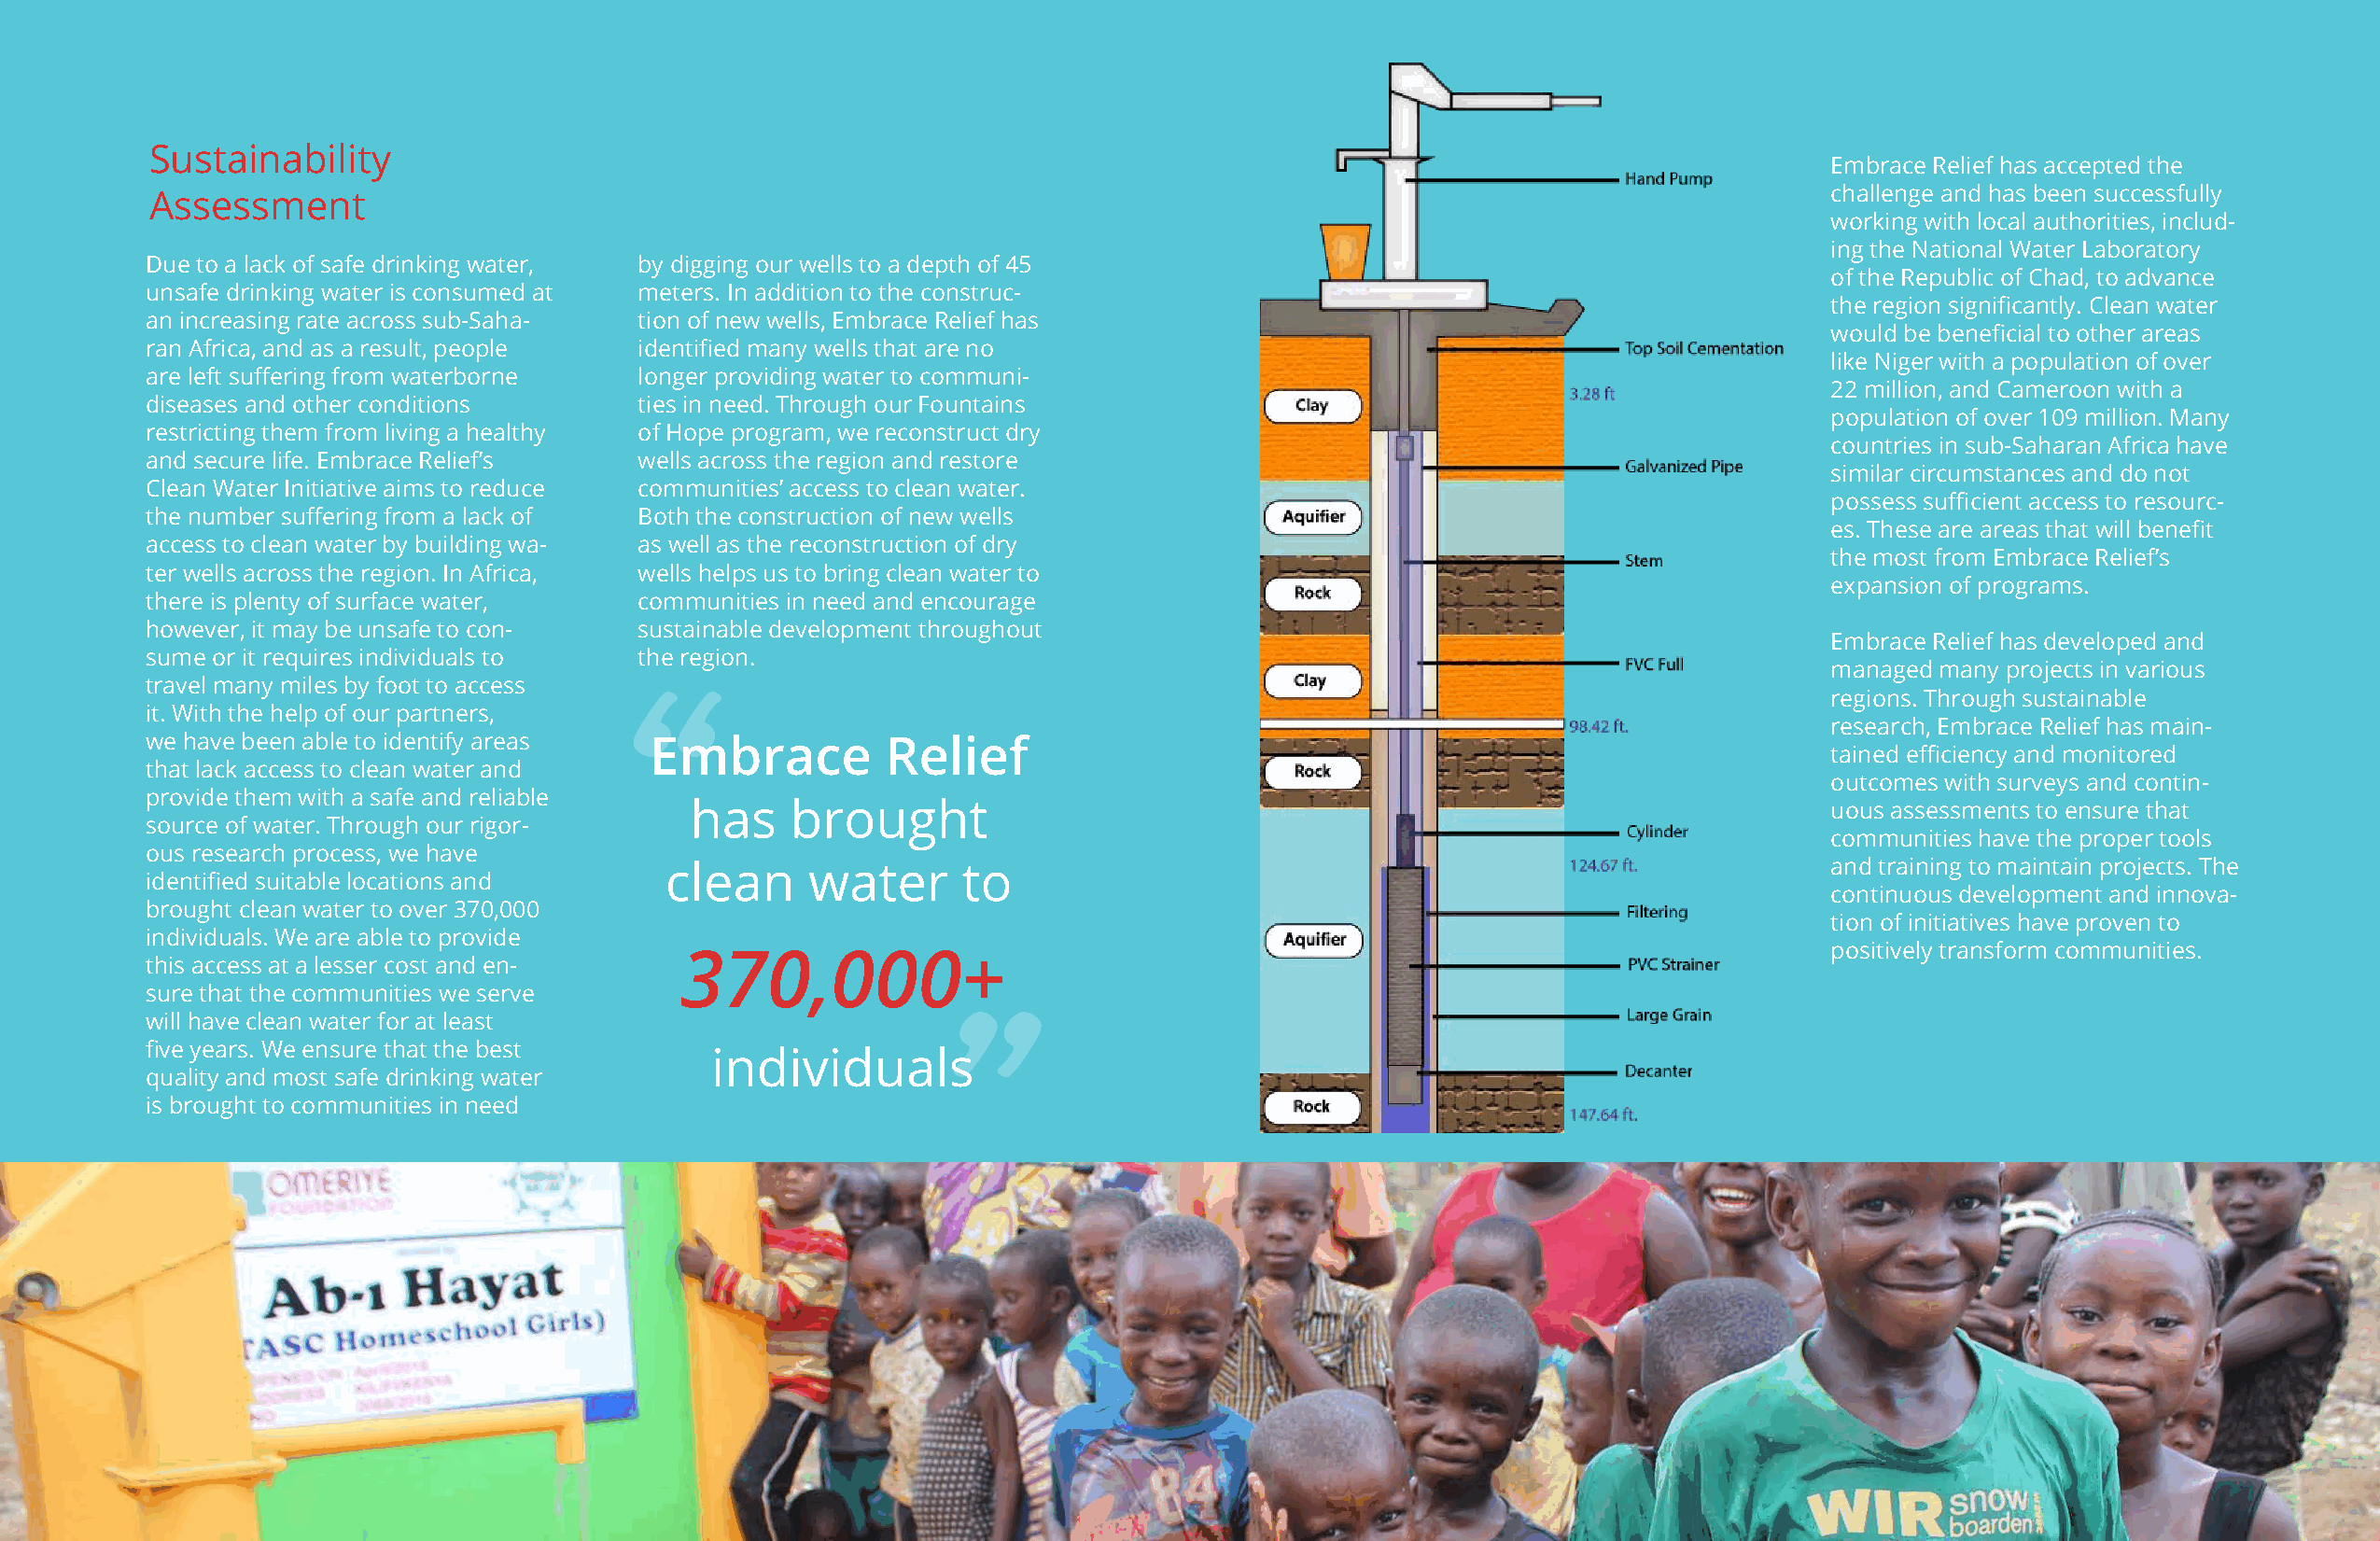
Sustainability
 Embrace Relief has accepted the
 challenge and has been successfully
 Assessment
 working with local authorities, includ-
 ing the National Water Laboratory
 Due to a lack of safe drinking water, by digging our wells to a depth of 45
 of the Republic of Chad, to advance
 unsafe drinking water is consumed at meters. In addition to the construc-
 the region significantly. Clean water
 an increasing rate across sub-Saha- tion of new wells, Embrace Relief has
 would be beneficial to other areas
 ran Africa, and as a result, people identified many wells that are no
 like Niger with a population of over
 are left suffering from waterborne longer providing water to communi-
 22 million, and Cameroon with a
 diseases and other conditions      ties in need. Through our Fountains
 population of over 109 million. Many
 restricting them from living a healthy of Hope program, we reconstruct dry
 countries in sub-Saharan Africa have
 and secure life. Embrace Relief’s  wells across the region and restore
 similar circumstances and do not
 Clean Water Initiative aims to reduce communities’ access to clean water.
 possess sufficient access to resourc-
 the number suffering from a lack of Both the construction of new wells
 es. These are areas that will benefit
 access to clean water by building wa- as well as the reconstruction of dry
 the most from Embrace Relief’s
 ter wells across the region. In Africa, wells helps us to bring clean water to
 expansion of programs.
 there is plenty of surface water,  communities in need and encourage
 however, it may be unsafe to con-  sustainable development throughout
 Embrace Relief has developed and
 sume or it requires individuals to the region.
 managed many projects in various
 travel many miles by foot to access
 “                                                                                      regions. Through sustainable
 it. With the help of our partners,
 research, Embrace Relief has main-
 we have been able to identify areas Embrace          Relief
 tained efficiency and monitored
 that lack access to clean water and                      “
 outcomes with surveys and contin-
 provide them with a safe and reliable
 has    brought                                                                   uous assessments to ensure that
 source of water. Through our rigor-
 communities have the proper tools
 ous research process, we have
 clean     water      to                                                            and training to maintain projects. The
 identified suitable locations and
 continuous development and innova-
 brought clean water to over 370,000
 tion of initiatives have proven to
 individuals. We are able to provide
 positively transform communities.
 this access at a lesser cost and en-  370,000+
 sure that the communities we serve
 will have clean water for at least
 five years. We ensure that the best
 individuals
 quality and most safe drinking water
 is brought to communities in need